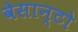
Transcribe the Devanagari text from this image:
वेसान्टो